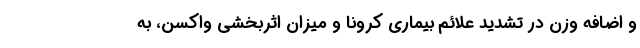
و اضافه وزن در تشدید علائم بیماری کرونا و میزان اثربخشی واکسن، به